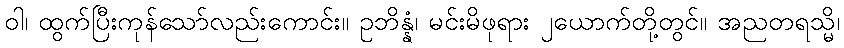
ဝါ၊ ထွက်ပြီးကုန်သော်လည်းကောင်း။ ဥဘိန္နံ၊ မင်းမိဖုရား ၂ယောက်တို့တွင်။ အညတရသ္မိ၊